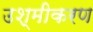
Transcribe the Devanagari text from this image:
उश्मीकरण